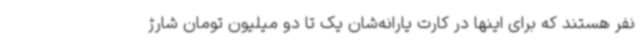
نفر هستند که برای اینها در کارت یارانه‌شان یک تا دو میلیون تومان شارژ